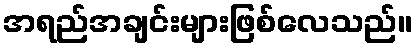
အရည်အချင်းများဖြစ်လေသည်။